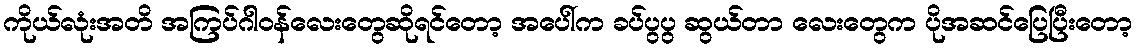
ကိုယ်လုံးအတိ အကြပ်ဂါဝန်လေးတွေဆိုရင်တော့ အပေါ်က ခပ်ပွပွ ဆွယ်တာ လေးတွေက ပိုအဆင်ပြေပြီးတော့